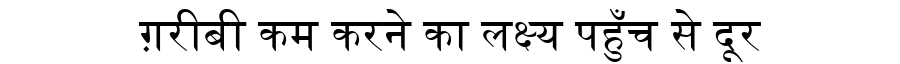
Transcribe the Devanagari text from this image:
ग़रीबी कम करने का लक्ष्य पहुँच से दूर